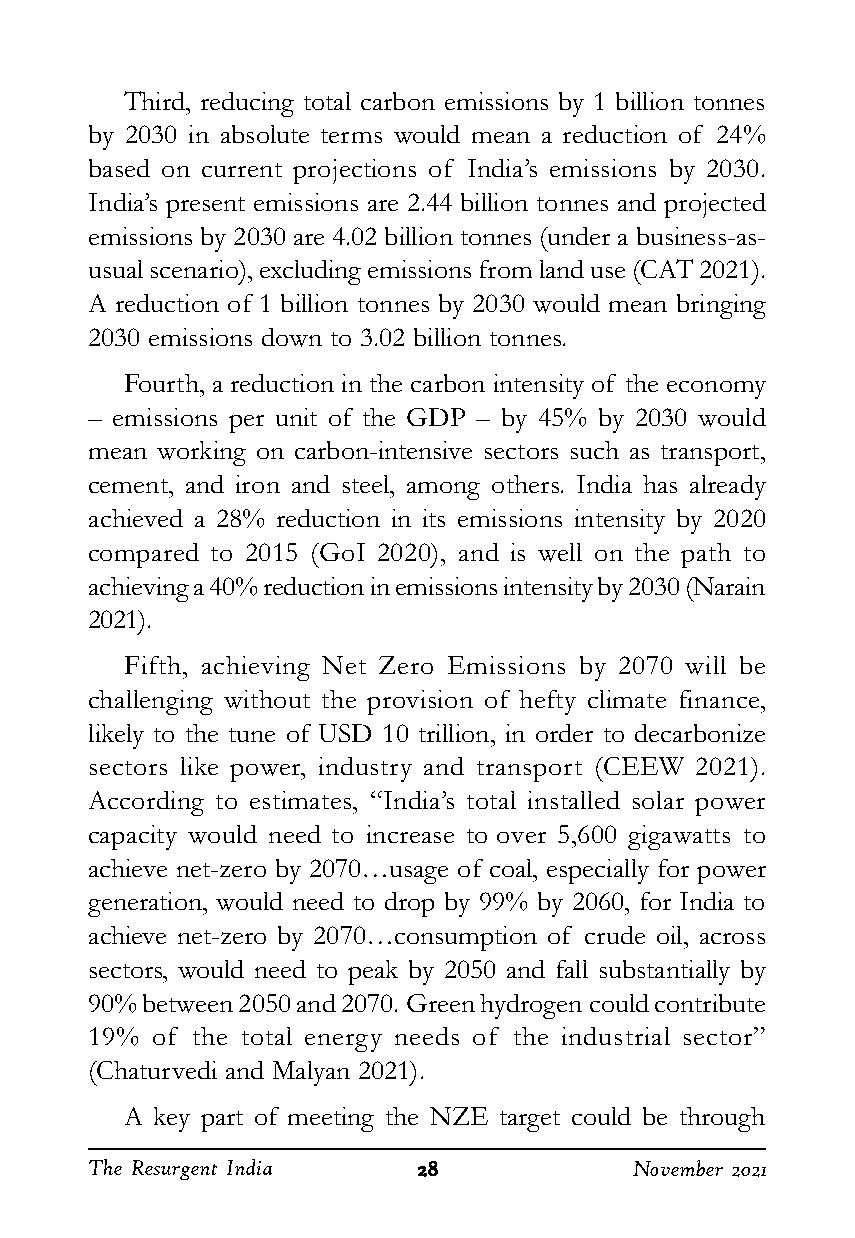
Third, reducing total carbon emissions by 1 billion tonnes
 by 2030 in absolute terms would mean a reduction of 24%
 based on current projections of India’s emissions by 2030.
 India’s present emissions are 2.44 billion tonnes and projected
 emissions by 2030 are 4.02 billion tonnes (under a business-as-
 usual scenario), excluding emissions from land use (CAT 2021).
 A reduction of 1 billion tonnes by 2030 would mean bringing
 2030 emissions down to 3.02 billion tonnes.
 Fourth, a reduction in the carbon intensity of the economy
 – emissions per unit of the GDP – by 45% by 2030 would
 mean working on carbon-intensive sectors such as transport,
 cement, and iron and steel, among others. India has already
 achieved a 28% reduction in its emissions intensity by 2020
 compared to 2015 (GoI 2020), and is well on the path to
 achieving a 40% reduction in emissions intensity by 2030 (Narain
 2021).
 Fifth, achieving Net Zero Emissions by 2070 will be
 challenging without the provision of hefty climate finance,
 likely to the tune of USD 10 trillion, in order to decarbonize
 sectors like power, industry and transport (CEEW 2021).
 According to estimates, “India’s total installed solar power
 capacity would need to increase to over 5,600 gigawatts to
 achieve net-zero by 2070…usage of coal, especially for power
 generation, would need to drop by 99% by 2060, for India to
 achieve net-zero by 2070…consumption of crude oil, across
 sectors, would need to peak by 2050 and fall substantially by
 90% between 2050 and 2070. Green hydrogen could contribute
 19% of the total energy needs of the industrial sector”
 (Chaturvedi and Malyan 2021).
 A key part of meeting the NZE target could be through
 The Resurgent India   2222288888    November 2021